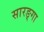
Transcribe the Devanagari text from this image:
सारङ्गा